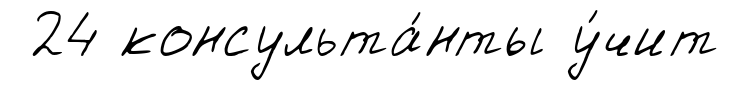
24 консульта́нты у́чит